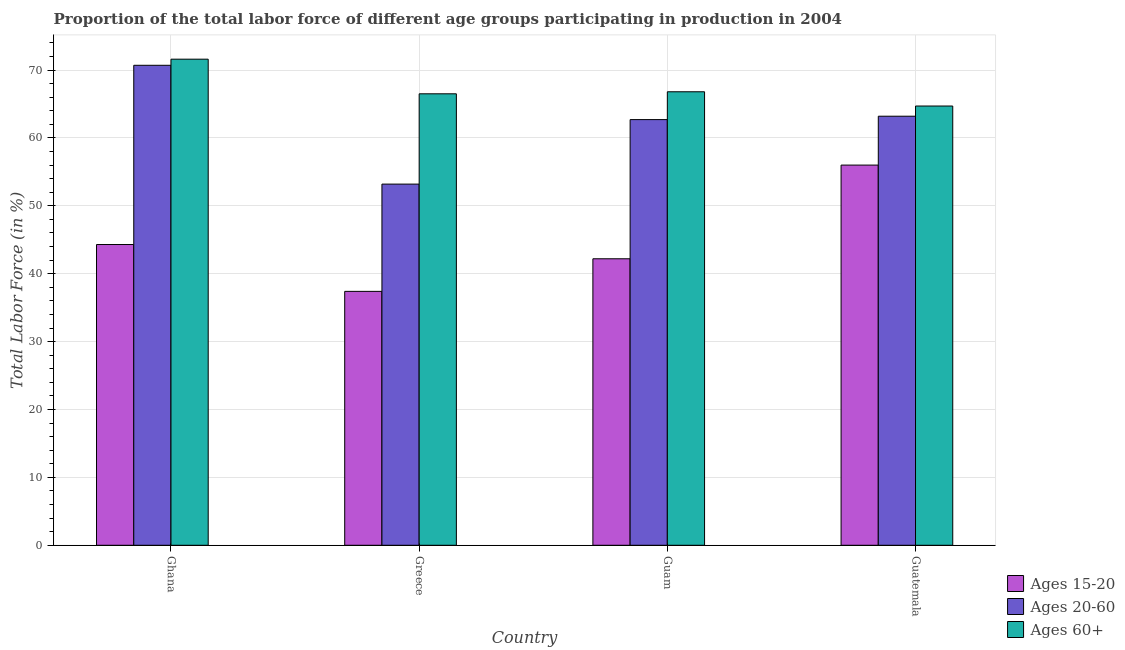
| Country | Ages 15-20 | Ages 20-60 | Ages 60+ |
 | --- | --- | --- | --- |
 | Ghana | 44.3 | 70.7 | 71.6 |
 | Greece | 37.4 | 53.2 | 66.5 |
 | Guam | 42.2 | 62.7 | 66.8 |
 | Guatemala | 56 | 63.2 | 64.7 |